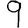
Digit: 9